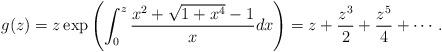
LaTeX: \begin{align*}g(z)=z\exp\left(\int_{0}^{z}\frac{x^2 +\sqrt{1+x^4}-1}{x}dx\right)=z +\frac{z^3}{2} +\frac{z^5}{4}+\cdots.\end{align*}